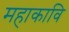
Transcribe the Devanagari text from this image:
महाकावि